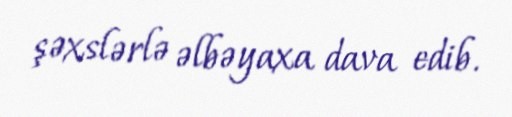
şəxslərlə əlbəyaxa dava edib.